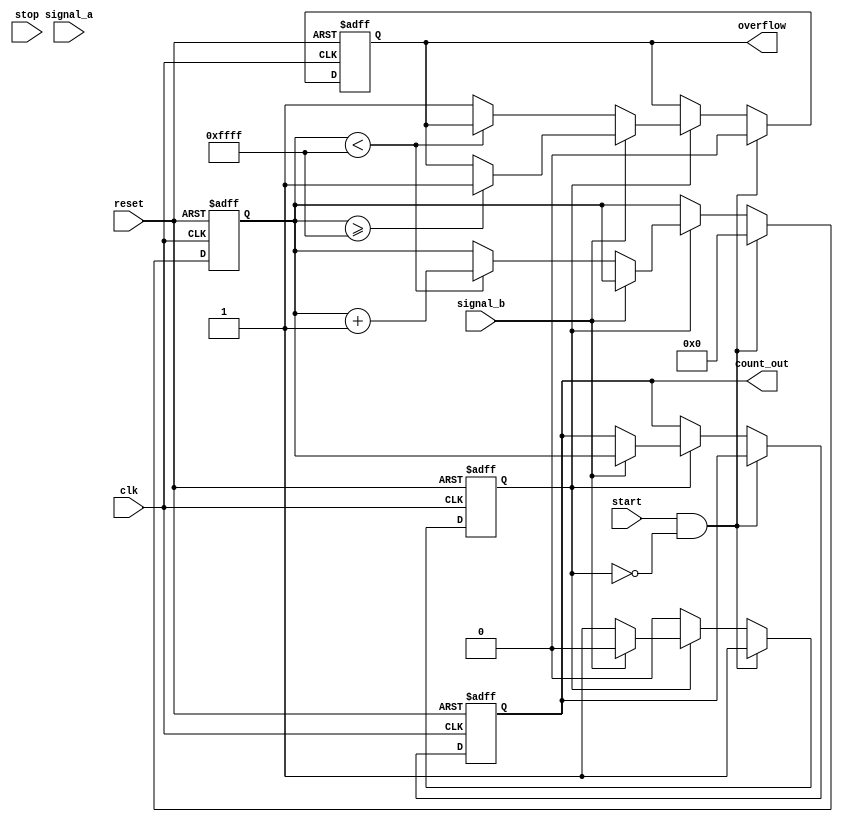
module TDC (
    input wire clk,               // System clock
    input wire reset,             // Reset signal
    input wire start,             // Start measurement signal
    input wire stop,              // Stop measurement signal
    input wire signal_a,          // First input signal
    input wire signal_b,          // Second input signal
    output reg [15:0] count_out,  // Output count value
    output reg overflow           // Overflow indicator
);

    // Parameters
    parameter DELAY_LINE_SIZE = 16; // Number of delay stages
    parameter MAX_COUNT = 16'hFFFF; // Max count value for overflow

    // Internal signals
    reg [DELAY_LINE_SIZE-1:0] delay_line; // Delay line
    reg [15:0] counter;                  // Digital counter
    reg measuring;                       // Measuring state
    reg [DELAY_LINE_SIZE-1:0] tap;      // Tap for measurement

    // Input Signal Conditioning (Schmitt Trigger Simulation)
    wire conditioned_signal_a = signal_a; // Placeholder for Schmitt Trigger
    wire conditioned_signal_b = signal_b; // Placeholder for Schmitt Trigger

    // Delay Line Implementation
    always @(posedge clk or posedge reset) begin
        if (reset) begin
            delay_line <= 0;
        end else begin
            delay_line <= {conditioned_signal_a, delay_line[DELAY_LINE_SIZE-1:1]};
        end
    end

    // Time Measurement Logic
    always @(posedge clk or posedge reset) begin
        if (reset) begin
            counter <= 0;
            measuring <= 0;
            count_out <= 0;
            overflow <= 0;
        end else if (start && !measuring) begin
            measuring <= 1;
            counter <= 0;
            overflow <= 0;
        end else if (measuring) begin
            if (conditioned_signal_b) begin
                // Measure time interval by sampling the delay line
                tap <= delay_line;
                count_out <= counter;
                if (counter >= MAX_COUNT) begin
                    overflow <= 1; // Set overflow flag
                end
                measuring <= 0; // Stop measuring
            end else begin
                // Increment counter for each clock cycle
                if (counter < MAX_COUNT) begin
                    counter <= counter + 1;
                end else begin
                    overflow <= 1; // Handle overflow
                end
            end
        end
    end
endmodule